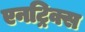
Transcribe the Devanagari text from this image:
एनट्रिक्स